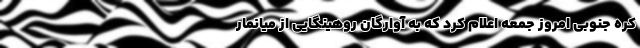
کره جنوبی امروز جمعه اعلام کرد که به آوارگان روهینگایی از میانمار